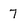
Character: 7